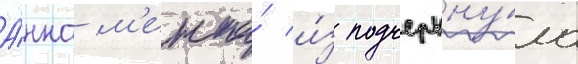
А́нна м'ента́ и́з подчеркну́ла